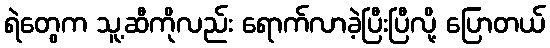
ရဲတွေက သူ့ဆီကိုလည်း ရောက်လာခဲ့ပြီးပြီလို့ ပြောတယ်